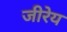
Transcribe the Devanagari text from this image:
जीरेय